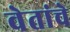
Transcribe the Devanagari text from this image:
वेतांचे